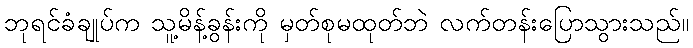
ဘုရင်ခံချုပ်က သူ့မိန့်ခွန်းကို မှတ်စုမထုတ်ဘဲ လက်တန်းပြောသွားသည်။